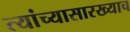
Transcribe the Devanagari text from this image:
त्यांच्यासारख्याच